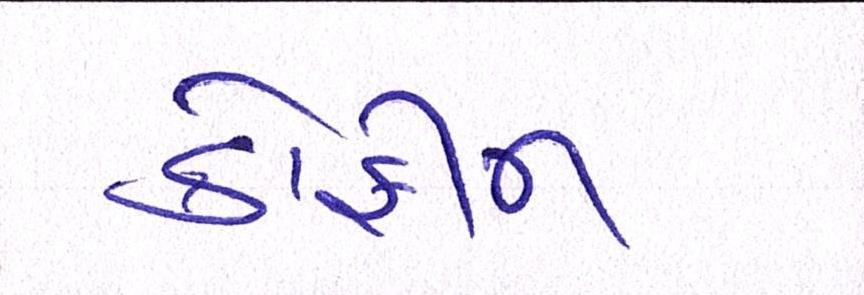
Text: કોફીન